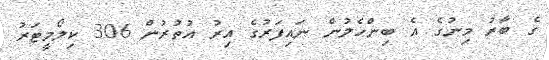
ގެ ބާރު މިނުގެ އެ ބިންހެލުން ނައިފަރުގެ އިރު އުތުރުން 306 ކިލޯމީޓަރު